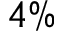
4 \%